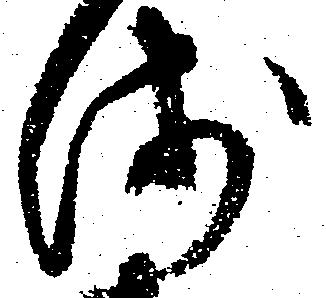
浅